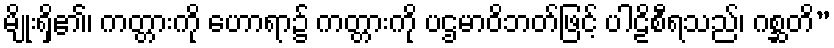
မျိုးရှိ၏၊ ကတ္တားကို ဟောရာ၌ ကတ္တားကို ပဌမာဝိဘတ်ဖြင့် ပါဠိစီရသည်၊ ဂစ္ဆတိ”